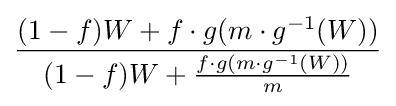
{\frac {(1-f)W+f\cdot g(m\cdot g^{-1}(W))}{(1-f)W+{\frac {f\cdot g(m\cdot g^{-1}(W))}{m}}}}